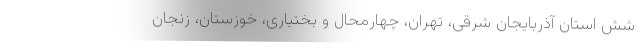
شش استان آذربایجان شرقی، تهران، چهارمحال و بختیاری، خوزستان، زنجان